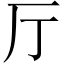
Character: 厅